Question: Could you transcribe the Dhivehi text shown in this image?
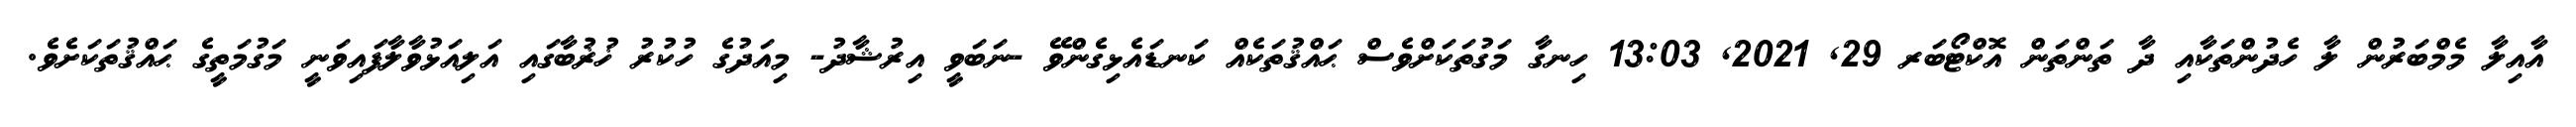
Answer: އާއިލާ މެމްބަރުން ލާ ހެދުންތަކާއި ދާ ތަންތަން އޮކްޓޯބަރ 29, 2021, 13:03 ހިނގާ މަގުތަކަށްވެސް ޙައްޤުތަކެއް ކަނޑައެޅިގެންވޭ -ނަބަވީ އިރުޝާދު- މިއަދުގެ ހުކުރު ޚުޜުބާގައި އަލިއަޅުވާލާފައިވަނީ މަގުމަތީގެ ޙައްޤުތަކަށެވެ.